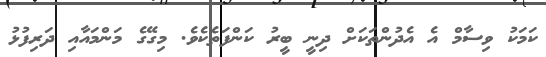
ކަމަކު ވިސާމް އެ އެދުންތަކަށް ދިނީ ބީރު ކަންފަތެކެވެ. މިގޭގެ މަންމައާއި ދަރިފުޅު